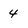
Character: 4